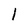
Character: I